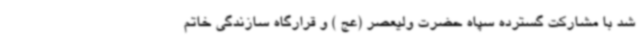
شد با مشارکت گسترده سپاه حضرت ولیعصر (عج ) و قرارگاه سازندگی خاتم